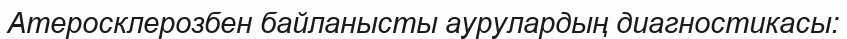
Атеросклерозбен байланысты аурулардың диагностикасы: